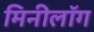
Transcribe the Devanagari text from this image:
मिनीलॉग